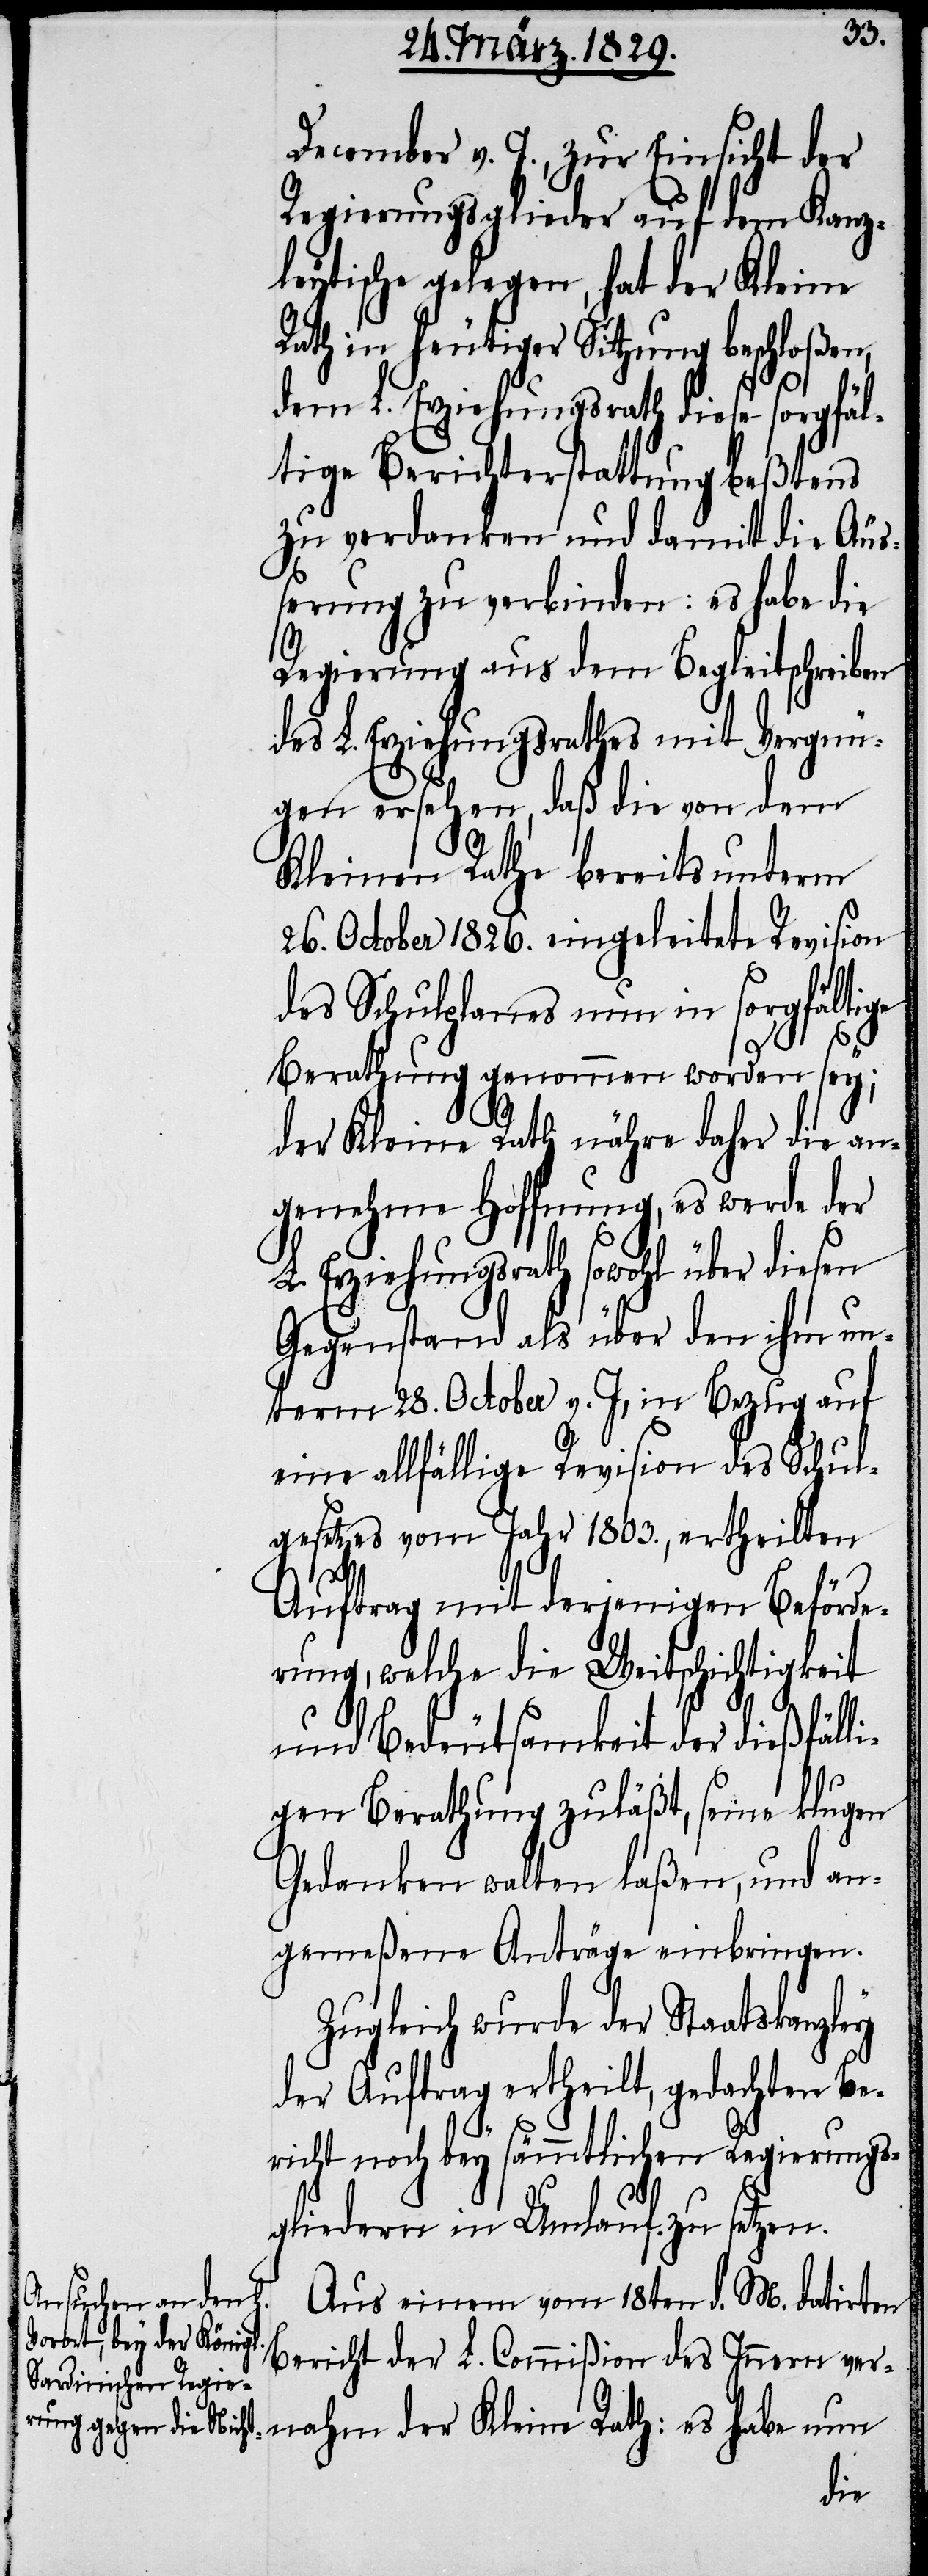
December v. J., zur Einsicht der
Regierungsglieder auf dem Kanz¬
leytische gelegen, hat der Kleine
Rath in heutiger Sitzung beschloßen,
dem L. Erziehungsrath diese sorgfäl¬
tige Berichterstattung beßtens
zu verdanken und damit die Äuß¬
erung zu verbinden: es habe die
Regierung aus dem Begleitschreiben
des L. Erziehungsrathes mit Vergnü¬
gen ersehen, daß die von dem
Kleinen Rathe bereits unterm
26. October 1826. eingeleitete Revision
des Schulplanes nun in sorgfältige
Berathung genommen worden sey;
der Kleine Rath nähre daher die an¬
genehme Hoffnung, es werde der
L. Erziehungsrath sowohl über diesen
Gegenstand als über den ihm un¬
term 28. October v. J, in Bezug auf
eine allfällige Revision des Schul¬
gesetzes vom Jahr 1803., ertheilten
Auftrag mit derjenigen Beförde¬
rung, welche die Weitschichtigkeit
und Bedeutsamkeit der dießfälli¬
gen Berathung zuläßt, seine klugen
Gedanken walten laßen, und an¬
gemeßene Anträge einbringen.
Zugleich wurde der Staatskanzley
der Auftrag ertheilt, gedachten Be¬
richt noch bey sämmtlichen Regierungs¬
gliedern in Umlauf zu setzen.
Aus einem vom 18ten d. M. datirten
Bericht der L. Commißion des Innern ver¬
nahm der Kleine Rath: es habe nun